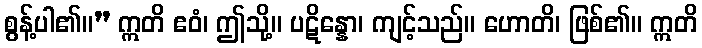
စွန့်ပါ၏။” ဣတိ ဧဝံ၊ ဤသို့။ ပဋိန္နော၊ ကျင့်သည်။ ဟောတိ၊ ဖြစ်၏။ ဣတိ